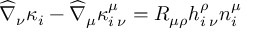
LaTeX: \widehat { \nabla } _ { \nu } \kappa _ { i } - \widehat { \nabla } _ { \mu } \kappa _ { i \: \nu } ^ { \mu } = R _ { \mu \rho } h _ { i \: \nu } ^ { \rho } n _ { i } ^ { \mu }